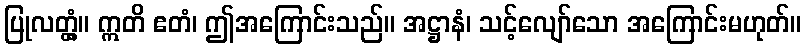
ပြုလတ္တံ့။ ဣတိ ဧတံ၊ ဤအကြောင်းသည်။ အဋ္ဌာနံ၊ သင့်လျော်သော အကြောင်းမဟုတ်။